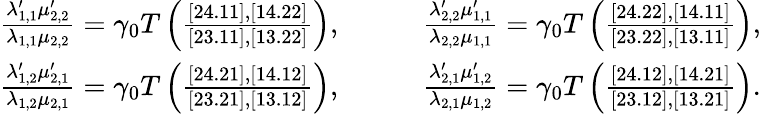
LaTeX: \begin{array}{rl}{\frac{\lambda_{1,1}^{\prime}\mu_{2,2}^{\prime}}{\lambda_{1,1}\mu_{2,2}}=\gamma_{0}T\left(\frac{[24.11],[14.22]}{[23.11],[13.22]}\right),\qquad}&{\frac{\lambda_{2,2}^{\prime}\mu_{1,1}^{\prime}}{\lambda_{2,2}\mu_{1,1}}=\gamma_{0}T\left(\frac{[24.22],[14.11]}{[23.22],[13.11]}\right),}\\ {\frac{\lambda_{1,2}^{\prime}\mu_{2,1}^{\prime}}{\lambda_{1,2}\mu_{2,1}}=\gamma_{0}T\left(\frac{[24.21],[14.12]}{[23.21],[13.12]}\right),\qquad}&{\frac{\lambda_{2,1}^{\prime}\mu_{1,2}^{\prime}}{\lambda_{2,1}\mu_{1,2}}=\gamma_{0}T\left(\frac{[24.12],[14.21]}{[23.12],[13.21]}\right).}\end{array}